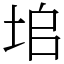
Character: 垖